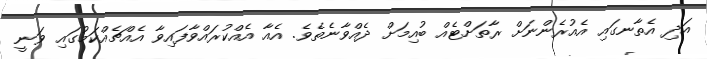
އަދި އެތާނގައި އެއުރެންނަށް ރާތަށްޓެއް ބުއިމަށް ދެއްވާނެތެވެ. އެއާ އެއްކުރައްވާފައިވާ އެއްޗެއްކަމުގައި ވަނީ